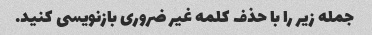
جمله زیر را با حذف کلمه غیر ضروری بازنویسی کنید.